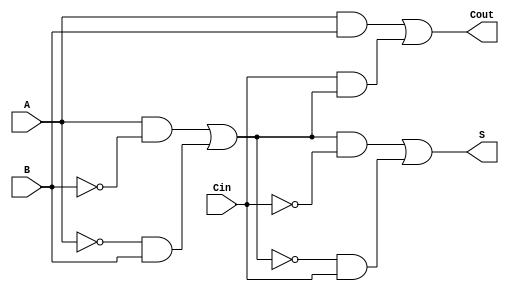
module transmission_gate_full_adder (
    input wire A,      // First binary input
    input wire B,      // Second binary input
    input wire Cin,    // Carry-in input
    output wire S,     // Sum output
    output wire Cout   // Carry-out output
);

// Internal wires for intermediate signals
wire A_xor_B;      // Intermediate signal for A XOR B
wire A_and_B;      // Intermediate signal for A AND B
wire Cin_and_A_xor_B; // Intermediate signal for Cin AND (A XOR B)

// XOR Implementation using Transmission Gates
assign A_xor_B = (A & ~B) | (~A & B);
assign S = (A_xor_B & ~Cin) | (~A_xor_B & Cin);

// Carry-out Calculation
assign A_and_B = A & B;
assign Cin_and_A_xor_B = Cin & A_xor_B;

// Cout determined by OR-ing the carry terms
assign Cout = A_and_B | Cin_and_A_xor_B;

endmodule